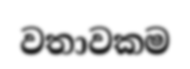
වතාවකම